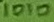
Text: 1010